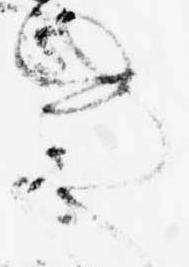
き